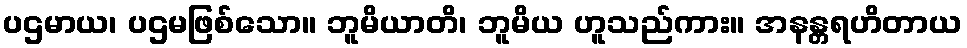
ပဌမာယ၊ ပဌမဖြစ်သော။ ဘူမိယာတိ၊ ဘူမိယ ဟူသည်ကား။ အနန္တရဟိတာယ